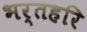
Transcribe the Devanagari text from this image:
भर्तहरि